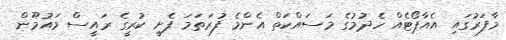
މާފަރުގައި އެއާޕޯޓެއް ހެދުމުގެ މަސައްކަތް އެންމެ ފުރަތަމަ ފެށީ ކުރީގެ ރައީސް މައުމޫން